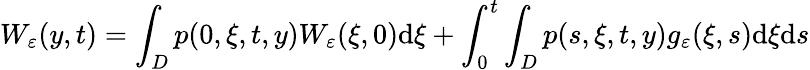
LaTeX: W_{\varepsilon}(y,t)=\int_{D}p(0,\xi,t,y)W_{\varepsilon}(\xi,0)\textrm{d}\xi+\int_{0}^{t}\int_{D}p(s,\xi,t,y)g_{\varepsilon}(\xi,s)\textrm{d}\xi\textrm{d}s